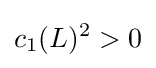
c_{1}(L)^{2}>0